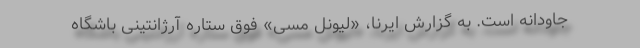
جاودانه است. به گزارش ایرنا، «لیونل مسی» فوق ستاره آرژانتینی باشگاه